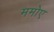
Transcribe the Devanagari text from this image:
ममोए